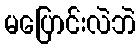
မပြောင်းလဲဘဲ